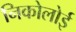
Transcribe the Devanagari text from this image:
निकोलोई